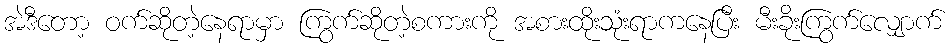
အဲဒီတော့ ဝက်ဆိုတဲ့နေရာမှာ ကြွက်ဆိုတဲ့စကားကို အစားထိုးသုံးရာကနေပြီး မီးခိုးကြွက်လျှောက်